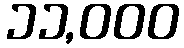
၁၁,၀၀၀